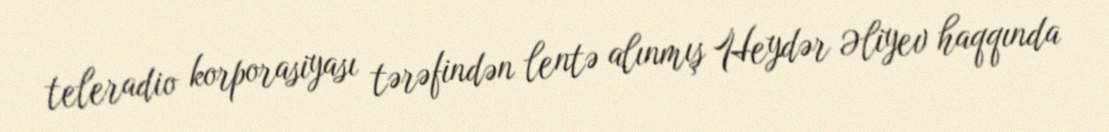
teleradio korporasiyası tərəfindən lentə alınmış Heydər Əliyev haqqında